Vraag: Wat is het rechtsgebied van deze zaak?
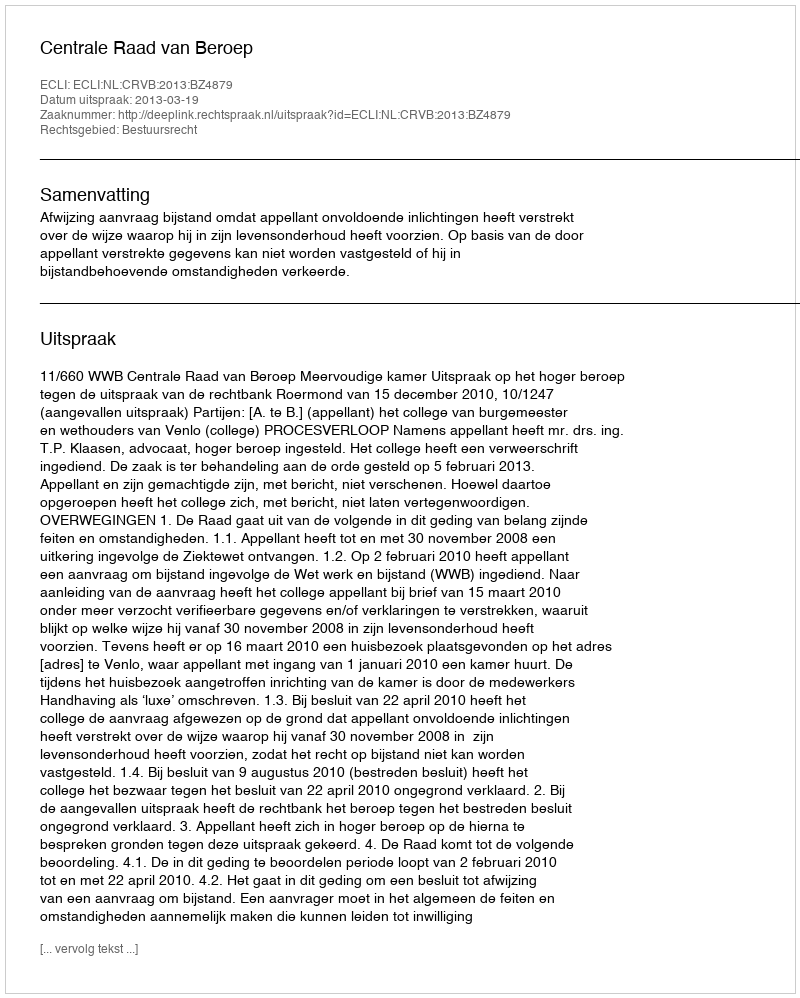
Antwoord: Bestuursrecht